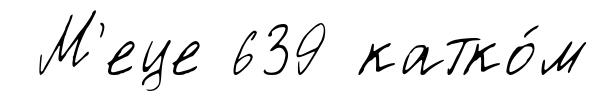
М'еце 639 катко́м